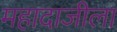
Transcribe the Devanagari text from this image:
महादाजीला